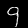
Label: 9